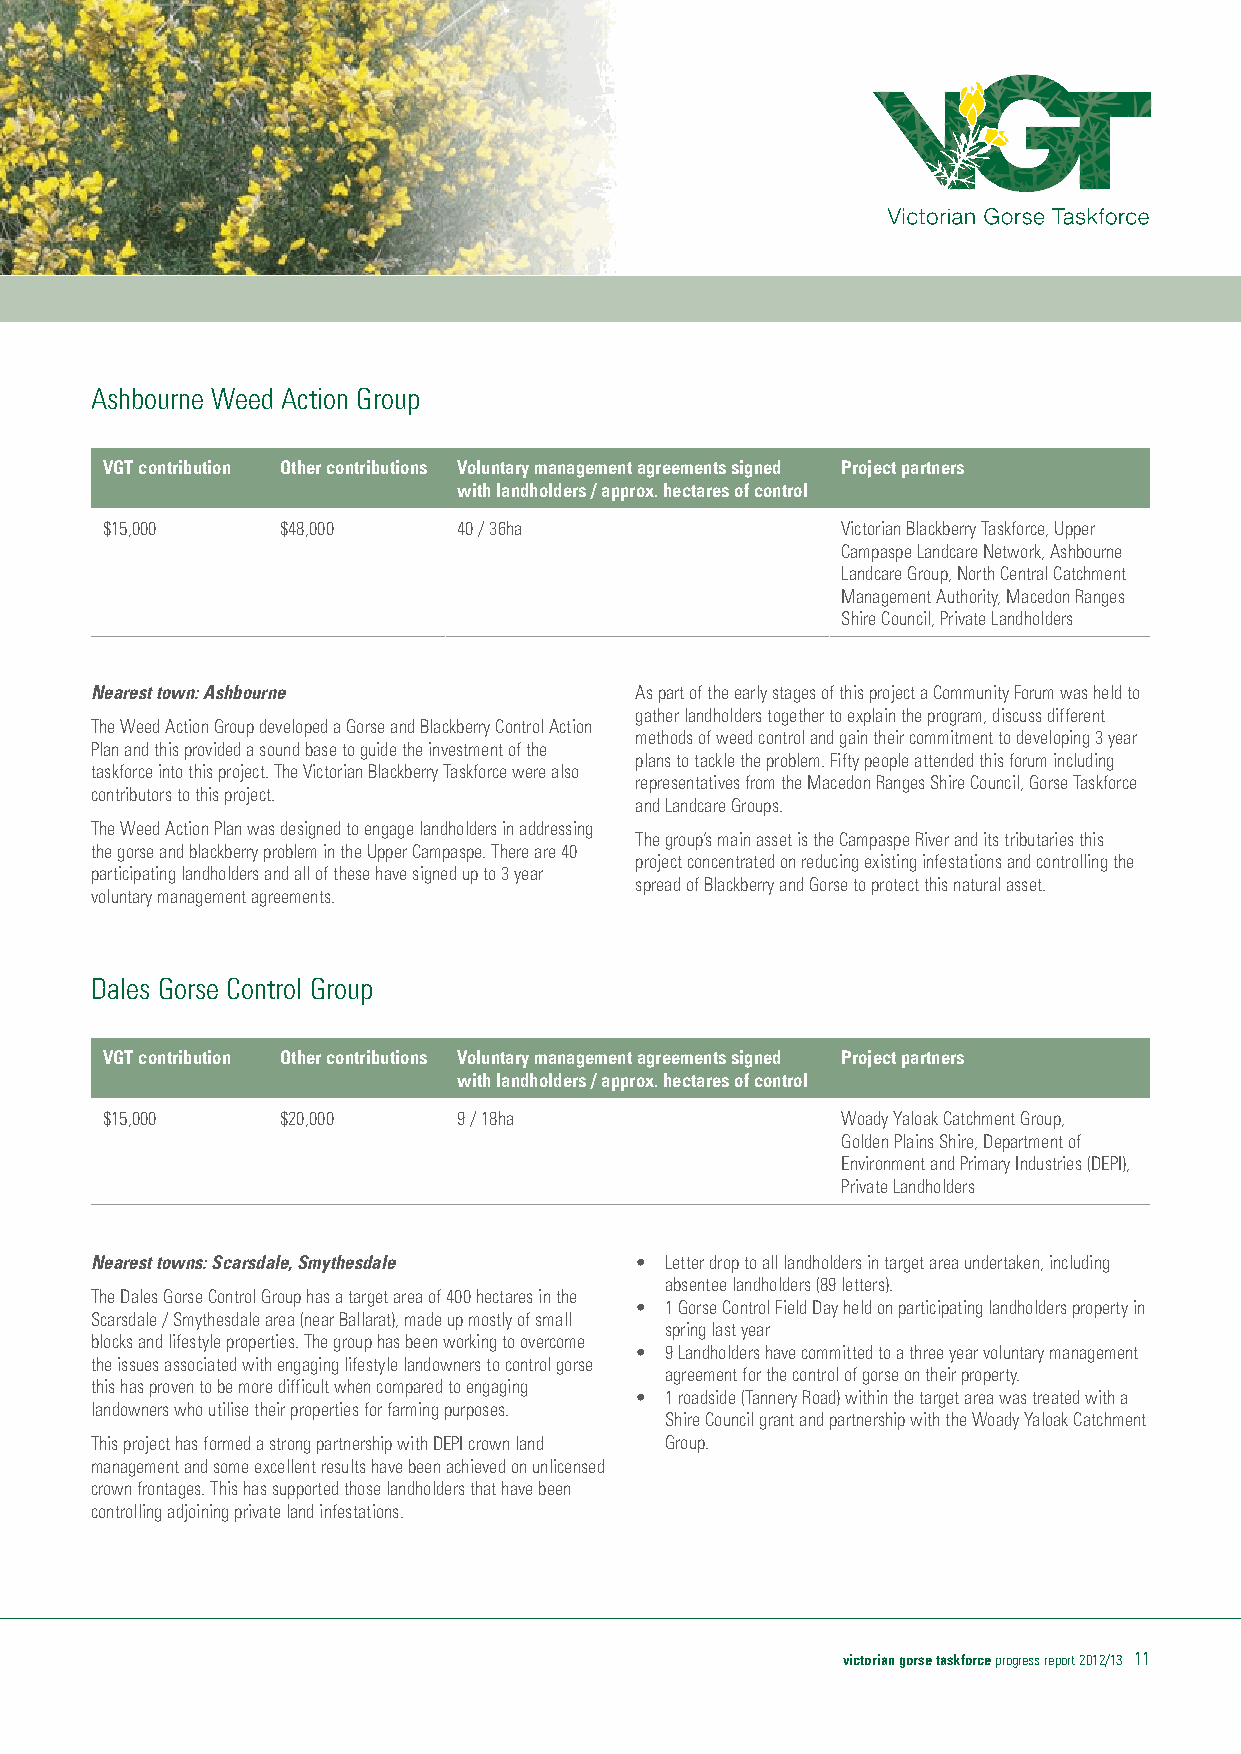
Ashbourne Weed Action Group
 VGT contribution Other contributions Voluntary management agreements signed Project partners
 with landholders / approx. hectares of control
 $15,000     $48,000    40 / 36ha                 Victorian Blackberry Taskforce, Upper
 Campaspe Landcare Network, Ashbourne
 Landcare Group, North Central Catchment
 Management Authority, Macedon Ranges
 Shire Council, Private Landholders
 Nearest town: Ashbourne             As part of the early stages of this project a Community Forum was held to
 gather landholders together to explain the program, discuss different
 The Weed Action Group developed a Gorse and Blackberry Control Action
 methods of weed control and gain their commitment to developing 3 year
 Plan and this provided a sound base to guide the investment of the
 plans to tackle the problem. Fifty people attended this forum including
 taskforce into this project. The Victorian Blackberry Taskforce were also
 representatives from the Macedon Ranges Shire Council, Gorse Taskforce
 contributors to this project.
 and Landcare Groups.
 The Weed Action Plan was designed to engage landholders in addressing
 The group’s main asset is the Campaspe River and its tributaries this
 the gorse and blackberry problem in the Upper Campaspe. There are 40
 project concentrated on reducing existing infestations and controlling the
 participating landholders and all of these have signed up to 3 year
 spread of Blackberry and Gorse to protect this natural asset.
 voluntary management agreements.
 Dales Gorse Control Group
 VGT contribution Other contributions Voluntary management agreements signed Project partners
 with landholders / approx. hectares of control
 $15,000     $20,000    9 / 18ha                  Woady Yaloak Catchment Group,
 Golden Plains Shire, Department of
 Environment and Primary Industries (DEPI),
 Private Landholders
 Nearest towns: Scarsdale, Smythesdale • Letter drop to all landholders in target area undertaken, including
 absentee landholders (89 letters).
 The Dales Gorse Control Group has a target area of 400 hectares in the
 • 1 Gorse Control Field Day held on participating landholders property in
 Scarsdale / Smythesdale area (near Ballarat), made up mostly of small
 spring last year
 blocks and lifestyle properties. The group has been working to overcome
 • 9 Landholders have committed to a three year voluntary management
 the issues associated with engaging lifestyle landowners to control gorse
 agreement for the control of gorse on their property.
 this has proven to be more difficult when compared to engaging
 • 1 roadside (Tannery Road) within the target area was treated with a
 landowners who utilise their properties for farming purposes.
 Shire Council grant and partnership with the Woady Yaloak Catchment
 This project has formed a strong partnership with DEPI crown land Group.
 management and some excellent results have been achieved on unlicensed
 crown frontages. This has supported those landholders that have been
 controlling adjoining private land infestations.
 victorian gorse taskforce progress report 2012/13 11